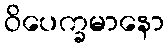
ဝိပေက္ခမာနော